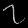
Digit: ၇